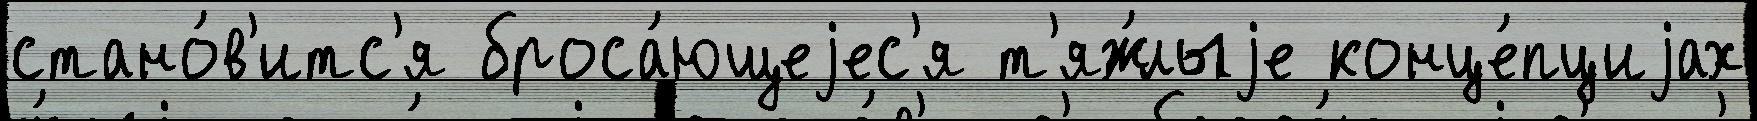
стано́в'итс'я броса́ющеjес'я т'яж́лыjе конце́пциjах